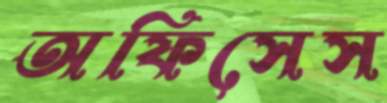
অফিসেস